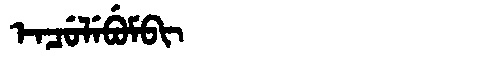
Manchu: ᡝᠨᠴᡠᠯᡝᠪᡠᠮᠪᡳ
Romanization: ENCULEBUMBI